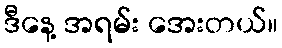
ဒီနေ့ အရမ်း အေးတယ်။